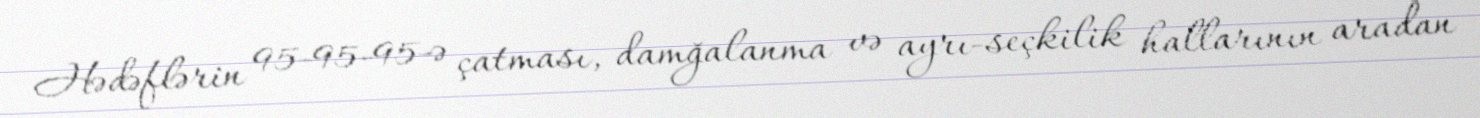
Hədəflərin 95-95-95-ə çatması, damğalanma və ayrı-seçkilik hallarının aradan